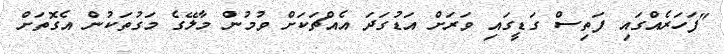
"ފަހަރެއްގައި ފަތިސް ގަޑީގައި ވަރަށް އަޑުގަދަ އެއްޗަކަށް ވުމުން މާލޭގެ މަގުތަކުން އެގޮތަށް